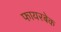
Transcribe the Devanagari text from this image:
फायरबेक